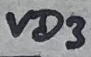
Text: VD3